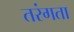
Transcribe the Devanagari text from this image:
तरंगता